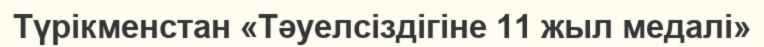
Түрікменстан «Тәуелсіздігіне 11 жыл медалі»